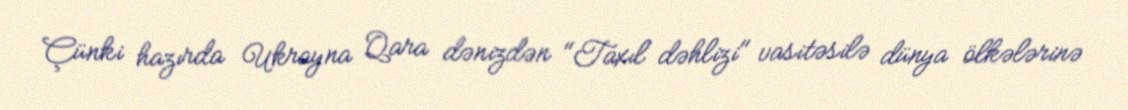
Çünki hazırda Ukrayna Qara dənizdən "Taxıl dəhlizi" vasitəsilə dünya ölkələrinə